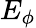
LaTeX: E_{\phi}